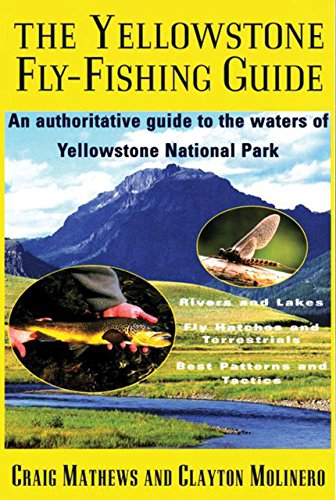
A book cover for Yellowstone Fly-Fishing Guide; Craig Mathews; Travel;